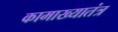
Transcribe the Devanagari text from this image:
कामाख्यातंत्र